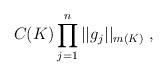
LaTeX: \begin{align*}C(K) \prod_{j=1}^n ||g_j||_{m(K)}\ ,\end{align*}